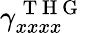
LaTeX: \gamma_{xxxx}^{\mathrm{~T~H~G~}}